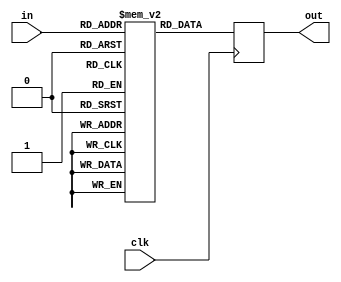
module pacman_eatfruit6(in, out, clk); //ok
 input [6:0] in;
 input clk;
 output reg [8:0] out;
 
 reg  [8:0] mem [0:122];
 always @(posedge clk) out  =  mem[ in ];
 
 initial begin
	mem[  0] = 9'd71;
	mem[  1] = 9'd42;
	mem[  2] = 9'd41;
	mem[  3] = 9'd42;
	mem[  4] = 9'd42;
	mem[  5] = 9'd43;
	mem[  6] = 9'd42;
	mem[  7] = 9'd43;
	mem[  8] = 9'd44;
	mem[  9] = 9'd47;
	mem[ 10] = 9'd47;
	mem[ 11] = 9'd47;
	mem[ 12] = 9'd48;
	mem[ 13] = 9'd47;
	mem[ 14] = 9'd47;
	mem[ 15] = 9'd47;
	mem[ 16] = 9'd50;
	mem[ 17] = 9'd53;
	mem[ 18] = 9'd52;
	mem[ 19] = 9'd53;
	mem[ 20] = 9'd52;
	mem[ 21] = 9'd52;
	mem[ 22] = 9'd53;
	mem[ 23] = 9'd57;
	mem[ 24] = 9'd58;
	mem[ 25] = 9'd59;
	mem[ 26] = 9'd59;
	mem[ 27] = 9'd59;
	mem[ 28] = 9'd59;
	mem[ 29] = 9'd62;
	mem[ 30] = 9'd68;
	mem[ 31] = 9'd67;
	mem[ 32] = 9'd68;
	mem[ 33] = 9'd67;
	mem[ 34] = 9'd68;
	mem[ 35] = 9'd78;
	mem[ 36] = 9'd78;
	mem[ 37] = 9'd79;
	mem[ 38] = 9'd79;
	mem[ 39] = 9'd84;
	mem[ 40] = 9'd94;
	mem[ 41] = 9'd95;
	mem[ 42] = 9'd94;
	mem[ 43] = 9'd105;
	mem[ 44] = 9'd118;
	mem[ 45] = 9'd118;
	mem[ 46] = 9'd132;
	mem[ 47] = 9'd159;
	mem[ 48] = 9'd162;
	mem[ 49] = 9'd234;
	mem[ 50] = 9'd327;
	mem[ 51] = 9'd326;
	mem[ 52] = 9'd220;
	mem[ 53] = 9'd157;
	mem[ 54] = 9'd158;
	mem[ 55] = 9'd122;
	mem[ 56] = 9'd118;
	mem[ 57] = 9'd118;
	mem[ 58] = 9'd99;
	mem[ 59] = 9'd94;
	mem[ 60] = 9'd94;
	mem[ 61] = 9'd94;
	mem[ 62] = 9'd79;
	mem[ 63] = 9'd79;
	mem[ 64] = 9'd78;
	mem[ 65] = 9'd79;
	mem[ 66] = 9'd75;
	mem[ 67] = 9'd67;
	mem[ 68] = 9'd67;
	mem[ 69] = 9'd68;
	mem[ 70] = 9'd67;
	mem[ 71] = 9'd67;
	mem[ 72] = 9'd60;
	mem[ 73] = 9'd59;
	mem[ 74] = 9'd58;
	mem[ 75] = 9'd59;
	mem[ 76] = 9'd59;
	mem[ 77] = 9'd59;
	mem[ 78] = 9'd54;
	mem[ 79] = 9'd53;
	mem[ 80] = 9'd52;
	mem[ 81] = 9'd52;
	mem[ 82] = 9'd53;
	mem[ 83] = 9'd52;
	mem[ 84] = 9'd52;
	mem[ 85] = 9'd49;
	mem[ 86] = 9'd47;
	mem[ 87] = 9'd47;
	mem[ 88] = 9'd47;
	mem[ 89] = 9'd47;
	mem[ 90] = 9'd47;
	mem[ 91] = 9'd47;
	mem[ 92] = 9'd47;
	mem[ 93] = 9'd43;
	mem[ 94] = 9'd43;
	mem[ 95] = 9'd43;
	mem[ 96] = 9'd42;
	mem[ 97] = 9'd43;
	mem[ 98] = 9'd43;
	mem[ 99] = 9'd43;
	mem[   100] = 9'd43;
	mem[   101] = 9'd41;
	mem[   102] = 9'd39;
	mem[   103] = 9'd39;
	mem[   104] = 9'd39;
	mem[   105] = 9'd39;
	mem[   106] = 9'd40;
	mem[   107] = 9'd39;
	mem[   108] = 9'd39;
	mem[   109] = 9'd39;
	mem[   110] = 9'd39;
	mem[   111] = 9'd36;
	mem[   112] = 9'd36;
	mem[   113] = 9'd37;
	mem[   114] = 9'd36;
	mem[   115] = 9'd36;
	mem[   116] = 9'd36;
	mem[   117] = 9'd37;
	mem[   118] = 9'd36;
	mem[   119] = 9'd36;
	mem[   120] = 9'd30;
	mem[   121] = 9'd511;
	mem[   122] = 9'd511;
	end
	
endmodule